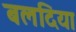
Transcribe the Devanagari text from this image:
बलदिया